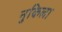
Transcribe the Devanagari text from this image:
नुकिला